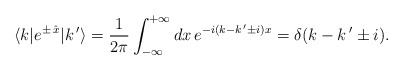
\begin{align*}\langle k| e^{\pm\,\hat x}|k\,'\rangle=\frac{1}{2\pi}\int_{-\infty}^{+\infty} dx \,e^{-i(k-k\,'\pm i)x}=\delta(k-k\,'\pm i).\end{align*}